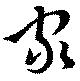
家